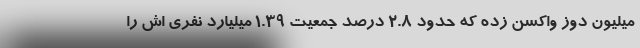
میلیون دوز واکسن زده که حدود 2.8 درصد جمعیت 1.39 میلیارد نفری اش را